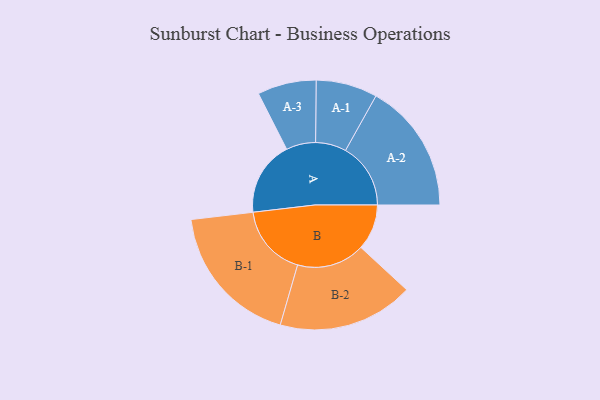
{"axis": {"x": "Segment", "y": "Value"}, "legend": ["", "A", "B"], "data": [{"x": "A", "y": 297, "type": ""}, {"x": "B", "y": 182, "type": ""}, {"x": "A-1", "y": 122, "type": "A"}, {"x": "A-2", "y": 259, "type": "A"}, {"x": "A-3", "y": 117, "type": "A"}, {"x": "B-1", "y": 286, "type": "B"}, {"x": "B-2", "y": 270, "type": "B"}]}